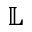
\mathbb { L }